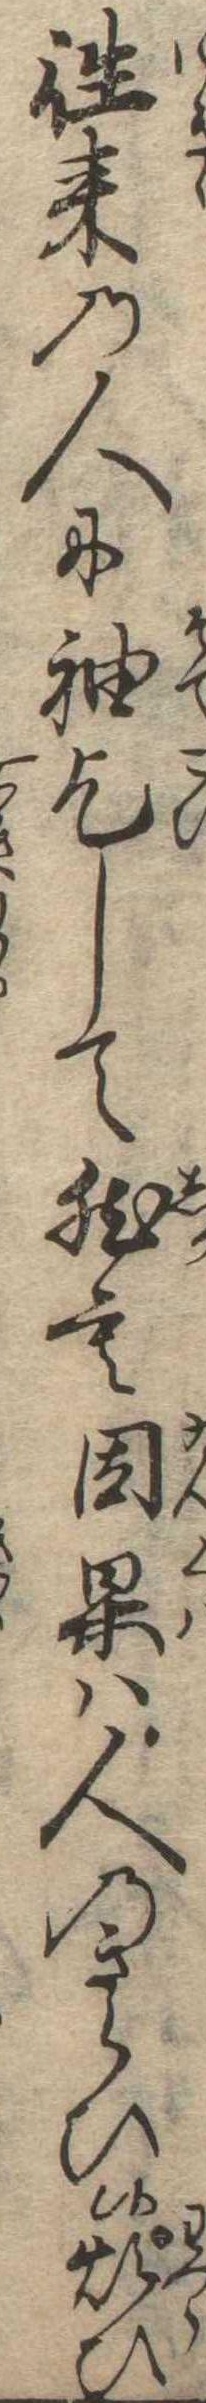
往来の人に袖乞して然も因果は人のきらひ候煩ひ